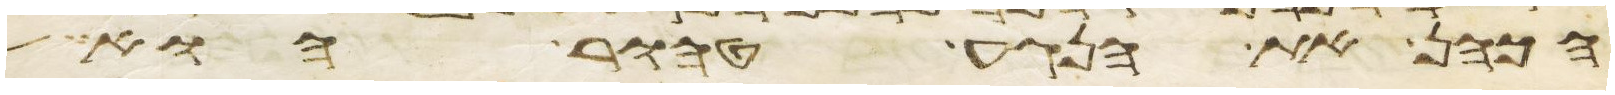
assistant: הכהן את הנגע טהור הוא